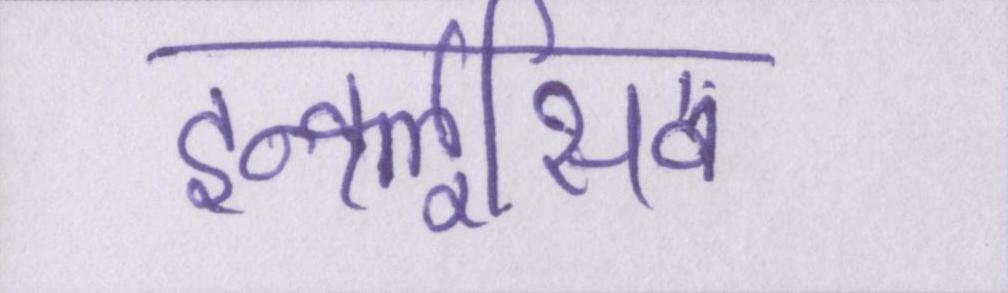
इन्क्लूसिव